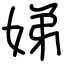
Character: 娣